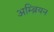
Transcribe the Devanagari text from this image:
अम्ब्रियन